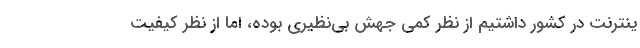
ینترنت در کشور داشتیم از نظر کمی جهش بی‌نظیری بوده، اما از نظر کیفیت